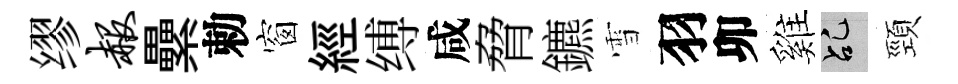
缪赧纍勅窗經缚咸脅鑣雪羽卯雞乩頸